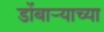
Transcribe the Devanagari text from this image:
डोंबार्‍याच्या